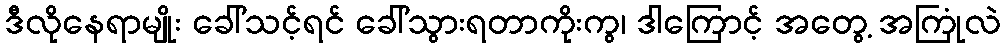
ဒီလိုနေရာမျိုး ခေါ်သင့်ရင် ခေါ်သွားရတာကိုးကွ၊ ဒါကြောင့် အတွေ့ အကြုံလဲ